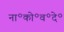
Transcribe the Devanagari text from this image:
ना॰को॰व॰दे॰